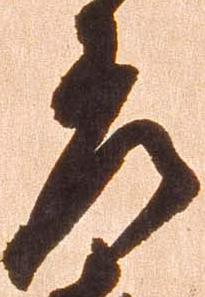
差